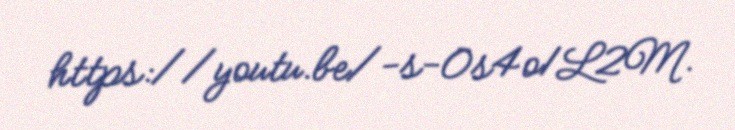
https://youtu.be/-s-0s4o1L2M.